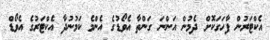
އެކްޓަރުން ފާހަގަކޮށް ދެމުން އަންނަ ގަންތާ އެވޯޑުގެ އެންމެ ކަމުނުދާ އެކްޓަރުގެ އެވޯޑް